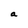
Character: a